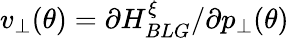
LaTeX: v_{\perp}(\theta)={\partial H_{BLG}^{\xi}}/{\partial p_{\perp}(\theta)}